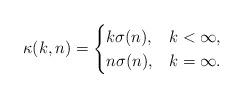
LaTeX: \begin{align*}\kappa(k,n)=\begin{cases}k\sigma(n), & k<\infty,\\n\sigma(n), & k=\infty.\\\end{cases}\end{align*}